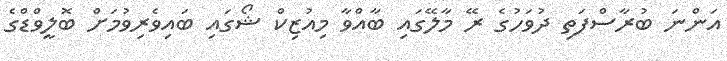
އަންނަ ބުރާސްފަތި ދުވަހުގެ ރޭ މާލޭގައި ބާއްވާ މިއުޒިކް ޝޯގައި ބައިވެރިވުމަށް ބޮލީވްޑްގެ